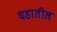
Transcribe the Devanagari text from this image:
घडातील